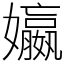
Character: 㜲